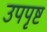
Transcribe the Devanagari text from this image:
उपपृष्ट